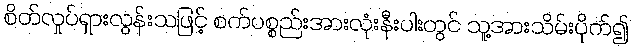
စိတ်လှုပ်ရှားလွန်းသဖြင့် စက်ပစ္စည်းအားလုံးနီးပါးတွင် သူ့အားသိမ်းပိုက်၍